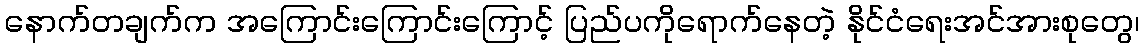
နောက်တချက်က အကြောင်းကြောင်းကြောင့် ပြည်ပကိုရောက်နေတဲ့ နိုင်ငံရေးအင်အားစုတွေ၊